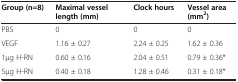
<table><thead><tr><td><b>Group (n=8)</b></td><td><b>Maximal vessel length (mm)</b></td><td><b>Clock hours</b></td><td><b>Vessel area (mm<sup>2</sup>)</b></td></tr></thead><tbody><tr><td>PBS</td><td>0</td><td>0</td><td>0</td></tr><tr><td>VEGF</td><td>1.16 ± 0.27</td><td>2.24 ± 0.25</td><td>1.62 ± 0.36</td></tr><tr><td>1μg H-RN</td><td>0.60 ± 0.16</td><td>2.04 ± 0.51</td><td>0.79 ± 0.36*</td></tr><tr><td>5μg H-RN</td><td>0.40 ± 0.18</td><td>1.28 ± 0.46</td><td>0.31 ± 0.18*</td></tr></tbody></table>